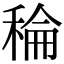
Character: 稐